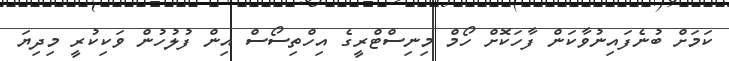
ކަމަށް ބުނެފައިނުވާކަން ފާހަކޮށް ހޯމް މިނިސްޓްރީގެ އިހްތިސޯސް އިން ފުލުހުން ވަކިކުރީ މިދިޔަ